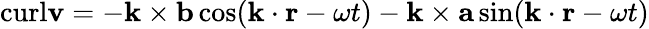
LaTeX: \textrm{curl}\mathbf{v}=-\mathbf{k}\times\mathbf{b}\cos(\mathbf{k}\cdot\mathbf{r}-\omega t)-\mathbf{k}\times\mathbf{a}\sin(\mathbf{k}\cdot\mathbf{r}-\omega t)